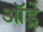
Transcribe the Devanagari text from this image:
ऑर्ड्रे